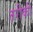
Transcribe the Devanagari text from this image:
तरीकी